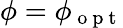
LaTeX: \phi=\phi_{\mathrm{~o~p~t~}}